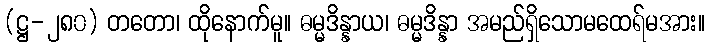
(ဋ္ဌ-၂၈၀) တတော၊ ထိုနောက်မူ။ ဓမ္မဒိန္နာယ၊ ဓမ္မဒိန္နာ အမည်ရှိသောမထေရ်မအား။